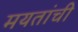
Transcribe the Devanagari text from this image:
मयतांची